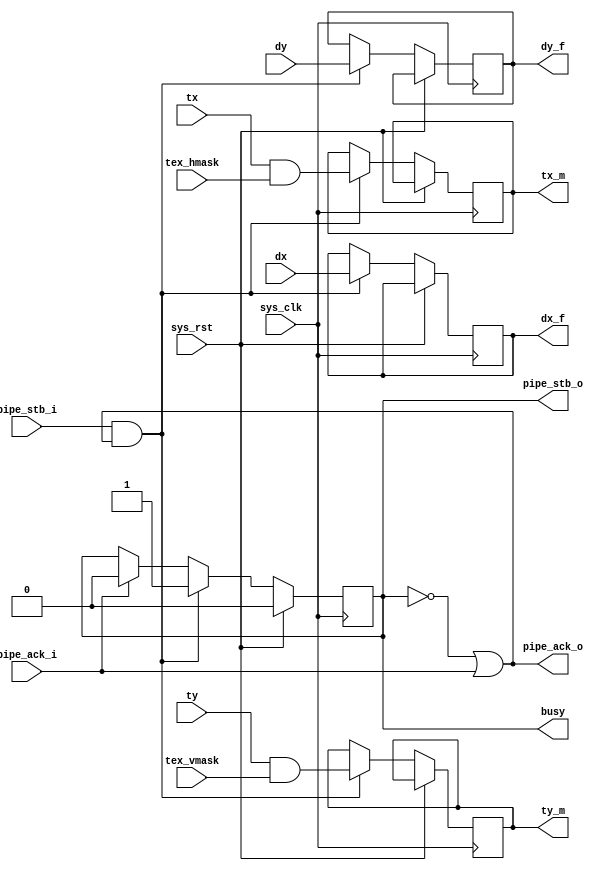
/*
 * Milkymist SoC
 * Copyright (C) 2007, 2008, 2009, 2010 Sebastien Bourdeauducq
 *
 * This program is free software: you can redistribute it and/or modify
 * it under the terms of the GNU General Public License as published by
 * the Free Software Foundation, version 3 of the License.
 *
 * This program is distributed in the hope that it will be useful,
 * but WITHOUT ANY WARRANTY; without even the implied warranty of
 * MERCHANTABILITY or FITNESS FOR A PARTICULAR PURPOSE.  See the
 * GNU General Public License for more details.
 *
 * You should have received a copy of the GNU General Public License
 * along with this program.  If not, see <http://www.gnu.org/licenses/>.
 */

module tmu2_mask(
	input sys_clk,
	input sys_rst,

	output busy,

	input pipe_stb_i,
	output pipe_ack_o,
	input signed [11:0] dx,
	input signed [11:0] dy,
	input signed [17:0] tx,
	input signed [17:0] ty,

	input [17:0] tex_hmask,
	input [17:0] tex_vmask,

	output reg pipe_stb_o,
	input pipe_ack_i,
	output reg signed [11:0] dx_f,
	output reg signed [11:0] dy_f,
	output reg signed [17:0] tx_m,
	output reg signed [17:0] ty_m
);

always @(posedge sys_clk) begin
	if(sys_rst)
		pipe_stb_o <= 1'b0;
	else begin
		if(pipe_ack_i)
			pipe_stb_o <= 1'b0;
		if(pipe_stb_i & pipe_ack_o) begin
			pipe_stb_o <= 1'b1;
			dx_f <= dx;
			dy_f <= dy;
			tx_m <= tx & tex_hmask;
			ty_m <= ty & tex_vmask;
		end
	end
end

assign pipe_ack_o = ~pipe_stb_o | pipe_ack_i;

assign busy = pipe_stb_o;

endmodule